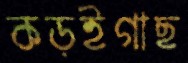
কড়ইগাছ